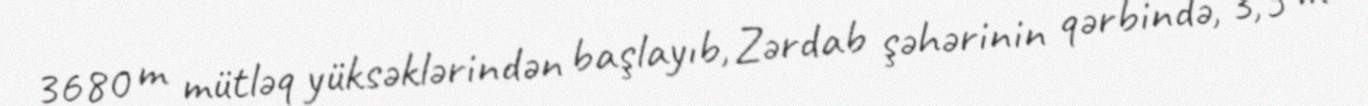
3680 m mütləq yüksəklərindən başlayıb, Zərdab şəhərinin qərbində, 3,5 m